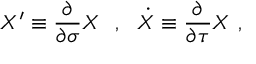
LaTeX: X ^ { \prime } \equiv \frac { \partial } { \partial \sigma } X \ \ , \ \ \dot { X } \equiv \frac { \partial } { \partial \tau } X \ ,